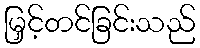
မြှင့်တင်ခြင်းသည်